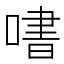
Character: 𫫒